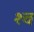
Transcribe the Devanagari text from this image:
श्‍च